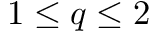
1 \le q \le 2